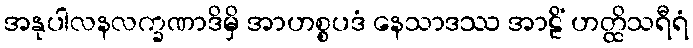
အနုပါလနလက္ခဏာဒိမှိ အာဟစ္စပဒံ နေသာဒဿ အာဠိံ ဟတ္ထိသရီရံ